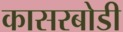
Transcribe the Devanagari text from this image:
कासरबोडी